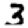
Digit: 3